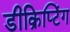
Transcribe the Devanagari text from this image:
डीक्रिप्टिंग